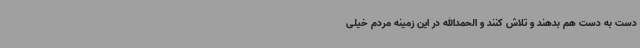
دست به دست هم بدهند و تلاش کنند و الحمدالله در این زمینه مردم خیلی